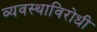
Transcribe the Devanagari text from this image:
व्यवस्थाविरोधी